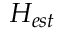
H _ { e s t }